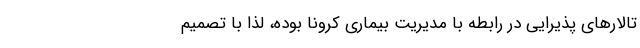
تالارهای پذیرایی در رابطه با مدیریت بیماری کرونا بوده، لذا با تصمیم